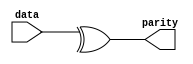
// Parity Checker module: Computes the parity of the input data
module ParityChecker (
    input wire [14:0] data, // Data input
    output reg parity       // Parity output
);
    always @* begin
        parity = ^data; // Compute even parity (XOR all bits together)
    end
endmodule